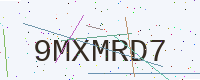
Text: 9MXMRD7